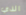
الذي